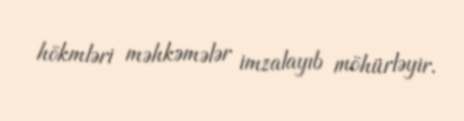
hökmləri məhkəmələr imzalayıb möhürləyir.